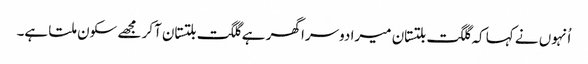
اُنہوں نے کہا کہ گلگت بلتستان میرا دوسرا گھر ہے گلگت بلتستان آکر مجھے سکون ملتا ہے۔